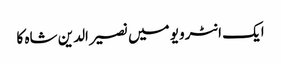
ایک انٹرویو میں نصیر الدین شاہ کا